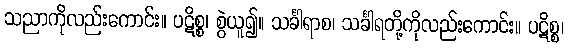
သညာကိုလည်းကောင်း။ ပဋိစ္စ၊ စွဲယူ၍။ သင်္ခါရာစ၊ သင်္ခါရတို့ကိုလည်းကောင်း။ ပဋိစ္စ၊